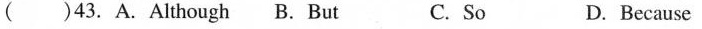
( )43. A.Although B. But C. So D. Because